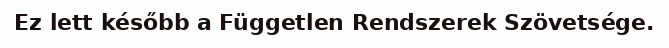
Ez lett később a Független Rendszerek Szövetsége.